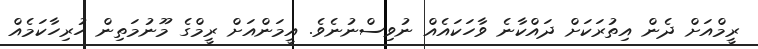
ރީމްއަށް ދެން އިތުރަކަށް ދައްކާނެ ވާހަކައެއް ނުވިސްނުނެވެ. އީމަންއަށް ރީމްގެ މޫނުމަތިން ހުރިހާކަމެއް